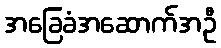
အခြေခံအဆောက်အဦ